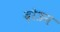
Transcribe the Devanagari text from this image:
दोउन